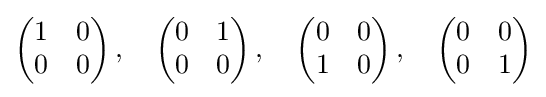
{\begin{pmatrix}1&0\\0&0\end{pmatrix}}\,,\quad {\begin{pmatrix}0&1\\0&0\end{pmatrix}}\,,\quad {\begin{pmatrix}0&0\\1&0\end{pmatrix}}\,,\quad {\begin{pmatrix}0&0\\0&1\end{pmatrix}}